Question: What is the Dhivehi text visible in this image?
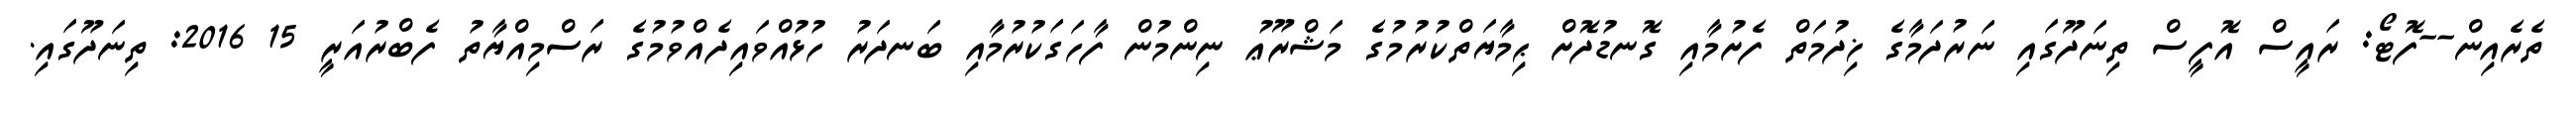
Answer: ތެރެއިން--ފޮޓޯ: ރައީސް އޮފީސް ތިނަދޫގައި ނަރުދަމާގެ ޚިދުމަތް ފެށުމާއި ގޮނޑުދޮށް ޙިމާޔަތްކުރުމުގެ މަޝްރޫޢު ނިންމުން ފާހަގަކުރުމާއި ބަނދަރު ހުޅުއްވައިދެއްވުމުގެ ރަސްމިއްޔާތު ފެބްރުއަރީ 15 2016: ތިނަދޫގައި.